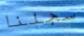
سجلنا